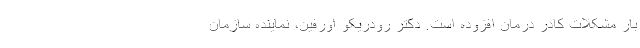
بار مشکلات کادر درمان افزوده است. دکتر رودریکو اورفین، نماینده سازمان